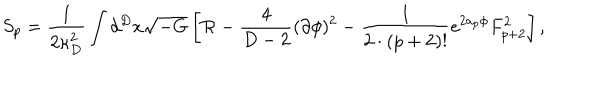
S _ { p } = { \frac { 1 } { 2 \kappa _ { D } ^ { 2 } } } \int d ^ { D } x \sqrt { - G } \left[ { \cal R } - { \frac { 4 } { D - 2 } } ( \partial \phi ) ^ { 2 } - { \frac { 1 } { 2 \cdot ( p + 2 ) ! } } e ^ { 2 a _ { p } \phi } F _ { p + 2 } ^ { 2 } \right] ,